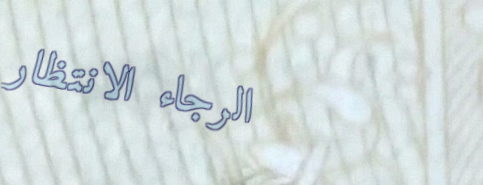
الرجاء الانتظار